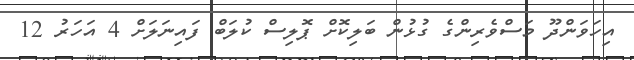
އިހަވަންދޫ މަސްވެރިންގެ ގުޅުން ބަލިކޮށް ޕޮލިސް ކުލަބް ފައިނަލަށް 4 އަހަރު 12